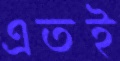
এতই